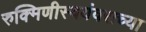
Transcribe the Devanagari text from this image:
रुक्मिणीस्वयंवराच्या